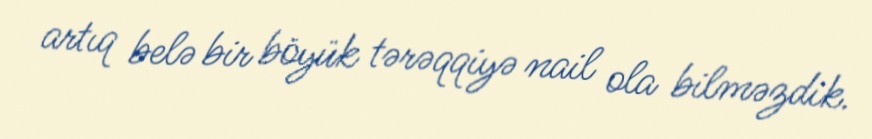
artıq belə bir böyük tərəqqiyə nail ola bilməzdik.